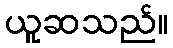
ယူဆသည်။